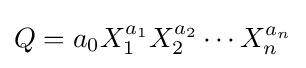
Q=a_{0}X_{1}^{a_{1}}X_{2}^{a_{2}}\cdots X_{n}^{a_{n}}